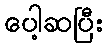
ပေါ့ဆပြီး